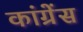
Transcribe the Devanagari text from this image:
कांग्रेंस